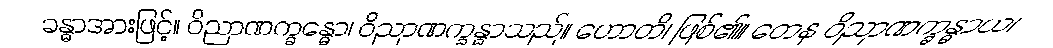
ခန္ဓာအားဖြင့်။ ဝိညာဏက္ခန္ဓော၊ ဝိညာဏက္ခန္ဓာသည်။ ဟောတိ၊ ဖြစ်၏။ တေန ဝိညာဏက္ခန္ဓာယ၊